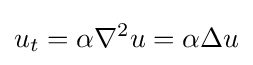
u_{t}=\alpha \nabla ^{2}u=\alpha \Delta u